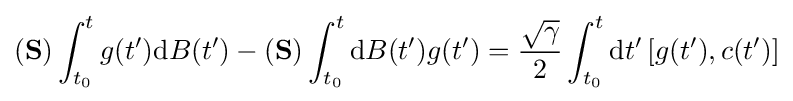
(\mathbf {S} )\int _{t_{0}}^{t}g(t^{\prime })\mathrm {d} B(t^{\prime })-(\mathbf {S} )\int _{t_{0}}^{t}\mathrm {d} B(t^{\prime })g(t^{\prime })={\frac {\sqrt {\gamma }}{2}}\int _{t_{0}}^{t}\mathrm {d} t^{\prime }\,[g(t^{\prime }),c(t^{\prime })]